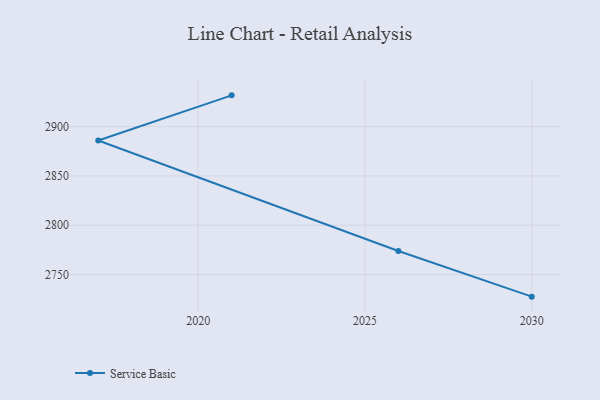
{"axis": {"x": "Year", "y": "Temperature (°C)"}, "legend": ["Service Basic"], "data": [{"x": "2030", "y": 2727.6, "type": "Service Basic"}, {"x": "2026", "y": 2773.8, "type": "Service Basic"}, {"x": "2017", "y": 2885.8, "type": "Service Basic"}, {"x": "2021", "y": 2931.6, "type": "Service Basic"}]}